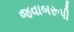
જવાબરૂપી